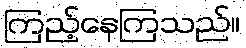
ကြည့်နေကြသည်။